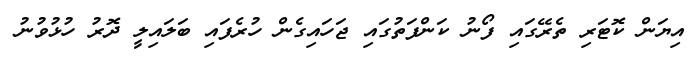
އިޔަން ކޮޓަރި ތެރޭގައި ފޯނު ކަންފަތުގައި ޖަހައިގެން ހުރެފައި ބަލައިލީ ދޮރު ހުޅުވުނު